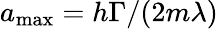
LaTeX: a_{\mathrm{{max}}}=h\Gamma/(2m\lambda)